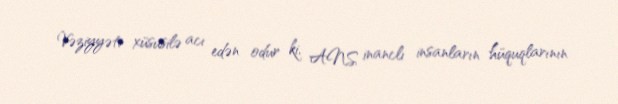
Vəziyyəti xüsusilə acı edən odur ki, ANS inanclı insanların hüquqlarının